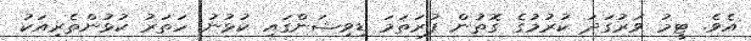
އެވެ. ޓީމު ވަރުގަދަ ކުރުމުގެ ގޮތުން ފުރަތަމަ ޑިވިޝަންގައި ކުޅުނު ހަތަރު ކުޅުންތެރިއަކު